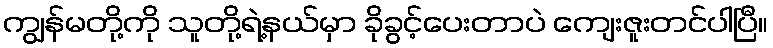
ကျွန်မတို့ကို သူတို့ရဲ့နယ်မှာ ခိုခွင့်ပေးတာပဲ ကျေးဇူးတင်ပါပြီ။